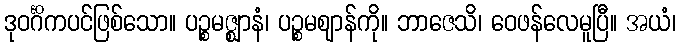
ဒုဝင်္ဂိကပင်ဖြစ်သော။ ပဉ္စမဇ္ဈာနံ၊ ပဉ္စမဈာန်ကို။ ဘာဇေသိ၊ ဝေဖန်လေမူပြီ။ အယံ၊